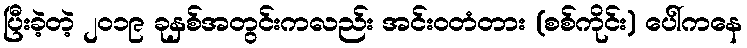
ပြီးခဲ့တဲ့ ၂၀၁၉ ခုနှစ်အတွင်းကလည်း အင်းဝတံတား (စစ်ကိုင်း) ပေါ်ကနေ